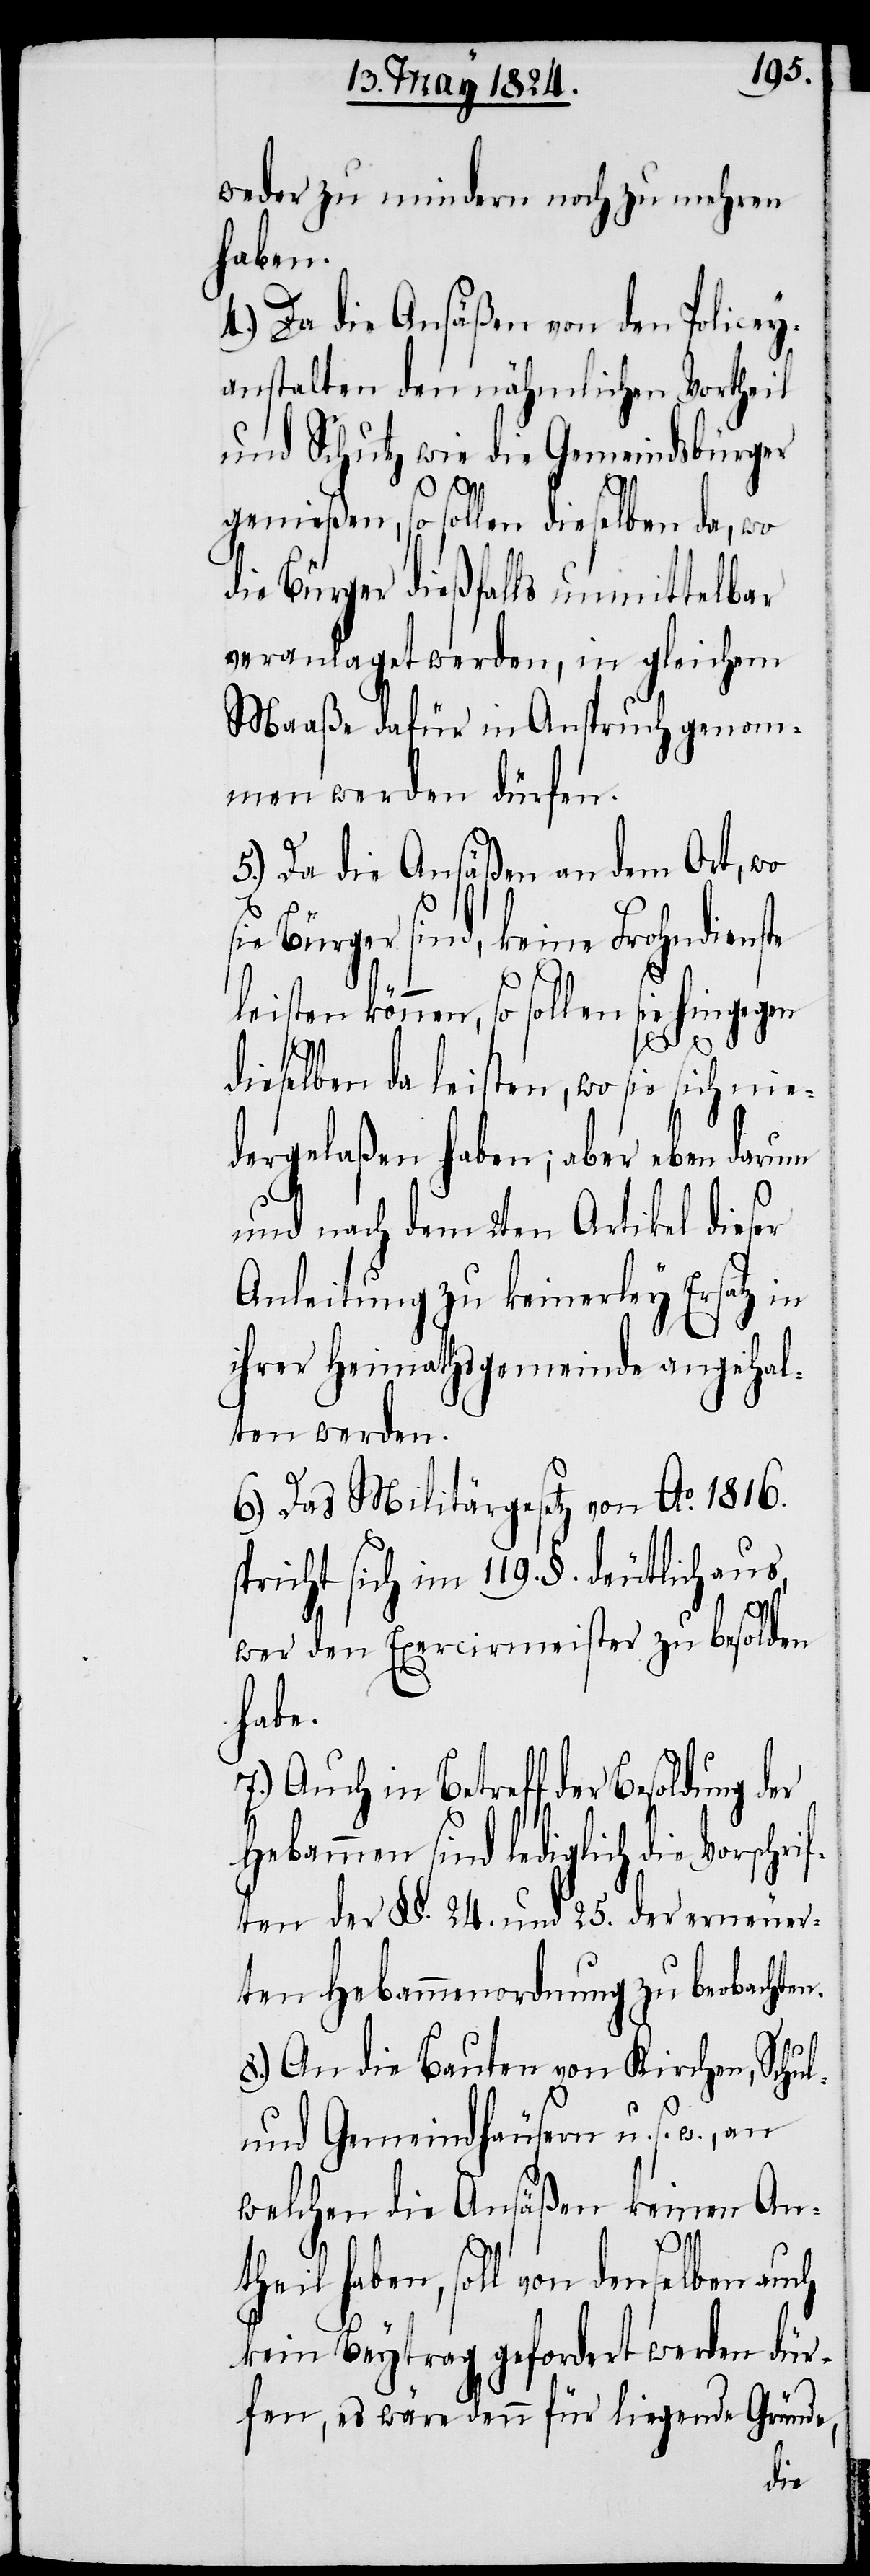
weder zu mindern noch zu mehren
haben.
4.) Da die Ansäßen von den Police¬
nstalten den nähmlichen Vortheil
und Schutz wie die Gemeindbürger
genießen, so sollen dieselben da, wo
die Bürger dießfalls unmittelbar
veranlaget werden, in gleichem
Maaße dafür in Anspruch genomm¬
en werden dürfen.
5.) Da die Ansäßen an dem Ort, wo
in Betreff der Besoldung
leisten können, so sollen sie hingegen
y-A¬
dieselben da leisten, wo sie sich nie¬
dergelaßen haben; aber eben darum
und nach dem 2ten Artikel dieser
Anleitung zu keinerley Ersatz in
ihrer Heimathsgemeinde angehal¬
ten werden.
6.) Das Militärgesetz von Ao. 1816.
spricht sich im 119. §. deutlich aus,
wer den Exercirmeister zu besolden
habe.
Hebammen sind lediglich die Vorschr¬
iften der §§. 24. und 25. der erneuer¬
ten Hebammenordnung zu beobachten.
7.)
8.) An die Bauten von Kirchen, Schul-
und Gemeindhäusern u. s. w.,
welchen die Ansäßen keinen Ant¬
heil haben, soll von denselben
kein Beytrag gefordert werden dür¬
fen, es wäre denn für liegende Gründe,
der